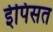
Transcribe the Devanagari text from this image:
ईपिसत